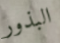
البذور